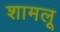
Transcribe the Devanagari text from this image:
शामलू